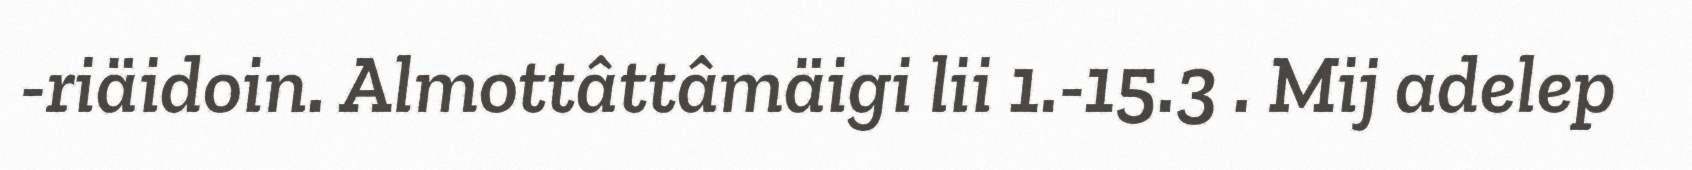
-riäidoin. Almottâttâmäigi lii 1.-15.3 . Mij adelep